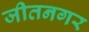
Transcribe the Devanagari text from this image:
जीतनगर